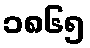
၁၈၆၅